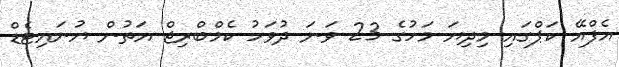
އެފްއޭ ކަޕްގައި މިދިޔަ މަހުގެ 23 ވަނަ ދުވަހު ކެމްބްރިޖް އަތުން ޔުނައިޓެޑް